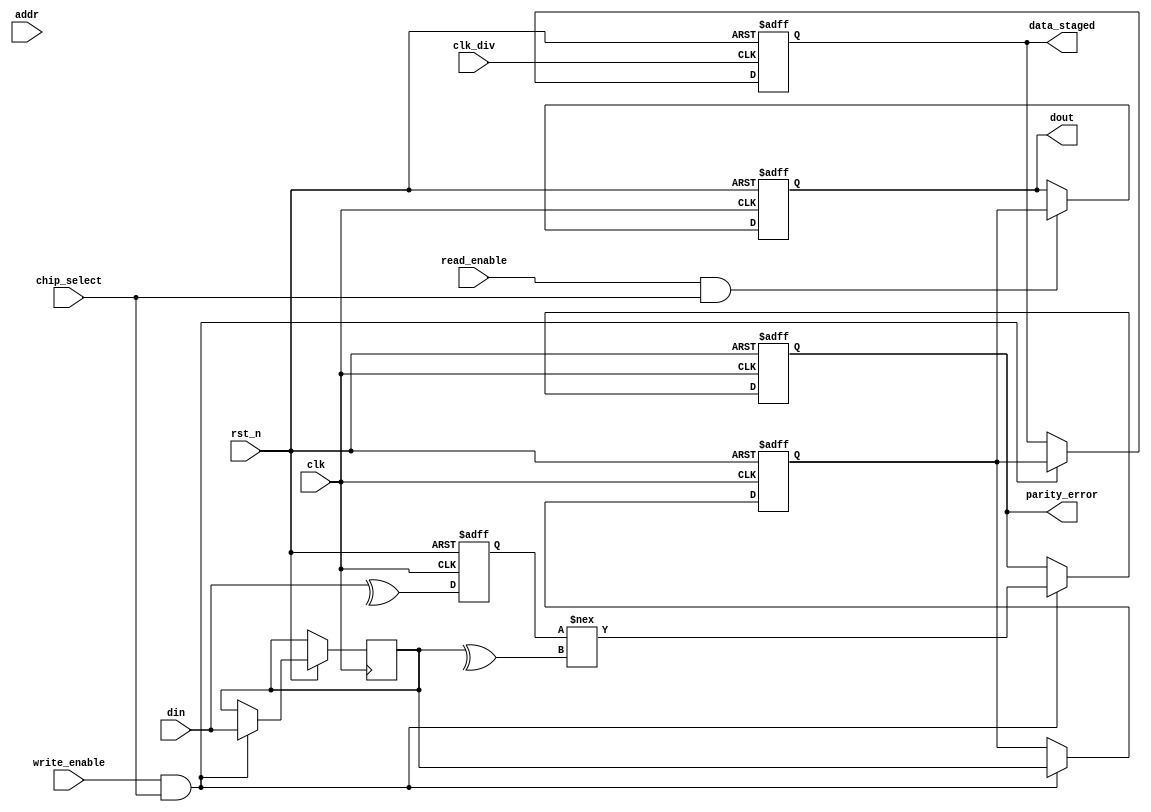
module gddr_io_block #(
    parameter DATA_WIDTH = 32,  // Configurable data width (16, 32, 64)
    parameter ADDR_WIDTH = 10    // Address width for GDDR memory
)(
    input wire clk,                  // Input clock
    input wire clk_div,              // Divided clock for internal operations
    input wire rst_n,                // Active low reset
    input wire [DATA_WIDTH-1:0] din, // Data input from GDDR memory
    output reg [DATA_WIDTH-1:0] dout, // Data output to GDDR memory
    input wire read_enable,          // Read control signal
    input wire write_enable,         // Write control signal
    input wire chip_select,          // Chip select signal
    input wire [ADDR_WIDTH-1:0] addr, // Address input
    output reg parity_error,         // Parity error signal
    output reg [DATA_WIDTH-1:0] data_staged // Staged data for output
);

// Internal signals
reg [DATA_WIDTH-1:0] data_reg;
reg [DATA_WIDTH-1:0] data_buffer;
reg parity_bit;
reg [DATA_WIDTH-1:0] data_out;

// Parity check (for data integrity)
always @(posedge clk or negedge rst_n) begin
    if (!rst_n) begin
        parity_bit <= 1'b0;
        parity_error <= 1'b0;
    end else begin
        // Calculate parity for incoming data
        parity_bit <= ^din; // XOR all bits for parity
        if (write_enable && chip_select) begin
            data_buffer <= din;
            // Check parity
            parity_error <= (parity_bit !== (^data_buffer));
        end
    end
end

// Double Data Rate operation
always @(posedge clk or negedge rst_n) begin
    if (!rst_n) begin
        data_reg <= {DATA_WIDTH{1'b0}};
    end else if (write_enable && chip_select) begin
        // Data capture on rising edge
        data_reg <= data_buffer;
    end
end

always @(negedge clk or negedge rst_n) begin
    if (!rst_n) begin
        dout <= {DATA_WIDTH{1'b0}};
    end else if (read_enable && chip_select) begin
        // Data output on falling edge
        dout <= data_reg;
    end
end

// Staging data before output
always @(posedge clk_div or negedge rst_n) begin
    if (!rst_n) begin
        data_staged <= {DATA_WIDTH{1'b0}};
    end else begin
        if (write_enable && chip_select) begin
            data_staged <= data_reg; // Stage data for output
        end
    end
end

endmodule